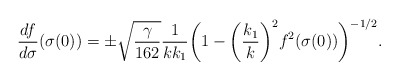
\begin{align*}\frac{df}{d\sigma}(\sigma(0))=\pm\sqrt{\frac{\gamma}{162}}\frac{1}{kk_1} \bigg(1-\bigg(\frac{k_1}{k}\bigg)^2f^2(\sigma(0))\bigg)^{-1/2} .\end{align*}